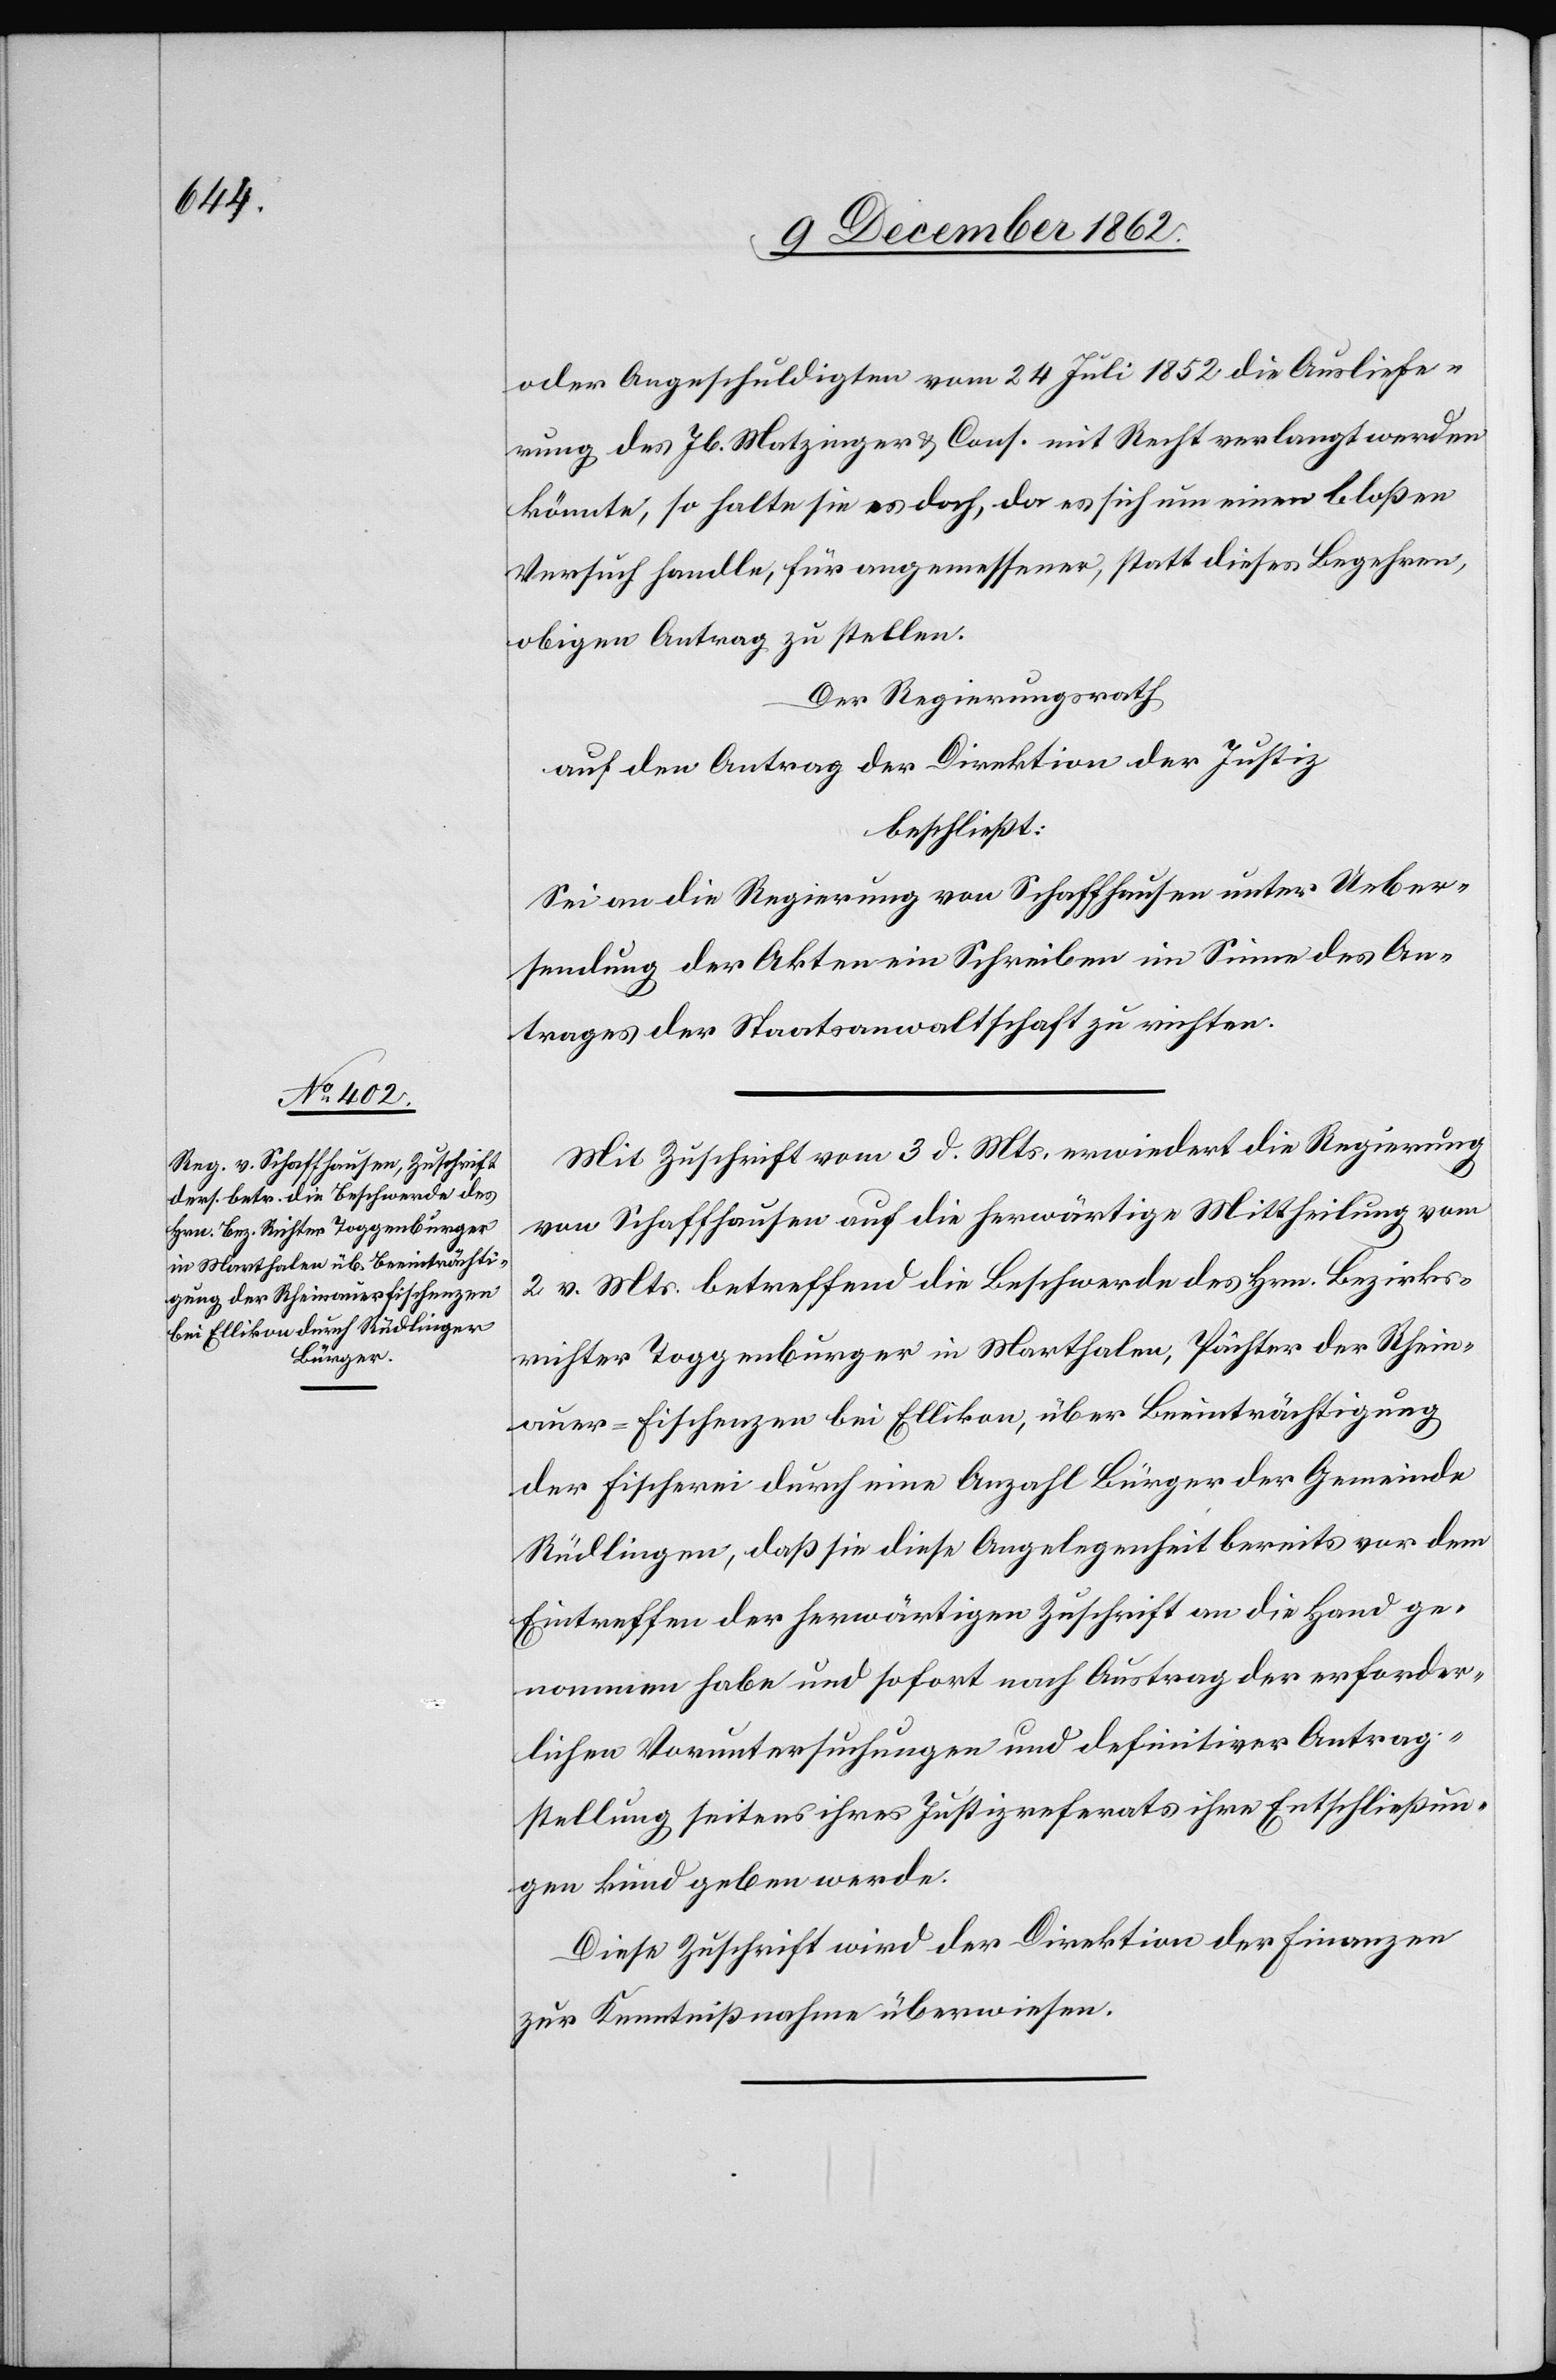
oder Angeschuldigten vom 24. Juli 1852 die Ausliefe¬
rung des Jb. Matzinger u. Cons. mit Recht verlangt werden
könnte, so halte sie es doch, da es sich um einen bloßen
Versucht handle, für angemessener, statt dieses Begehren,
obigen Antrag zu stellen.
Der Regierungsrath
beschließt:
Sei an die Regierung von Schaffhausen unter Ueber¬
sendung der Akten ein Schreiben im Sinne des An¬
trages der Staatsanwaltschaft zu richten.
Mit Zuschrift vom 3. d. Mts. erwiedert die Regierung
von Schaffhausen auf die herwärtige Mittheilung vom
2. v. Mts. betreffend die Beschwerde des Hrn. Bezirks¬
richter Toggenburger in Marthalen, Pächter der Rhein¬
auer-Fischenzen bei Ellikon, über Beeinträchtigung
der Fischerei durch eine Anzahl Bürger der Gemeinde
Rüdlingen, daß sie diese Angelegenheit bereits vor dem
Eintreffen der herwärtigen Zuschrift an die Hand ge¬
nommen habe und sofort nach Austrag der erforder¬
lichen Voruntersuchungen und definitiver Antrag¬
stellung seitens ihres Justizreferats ihre Entschließun¬
gen kund geben werde.
Diese Zuschrift wird der Direktion der Finanzen
zur Kenntnißnahme überwiesen.